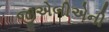
જીએબીએની